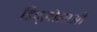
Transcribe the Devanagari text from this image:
डिप्लोमाओं